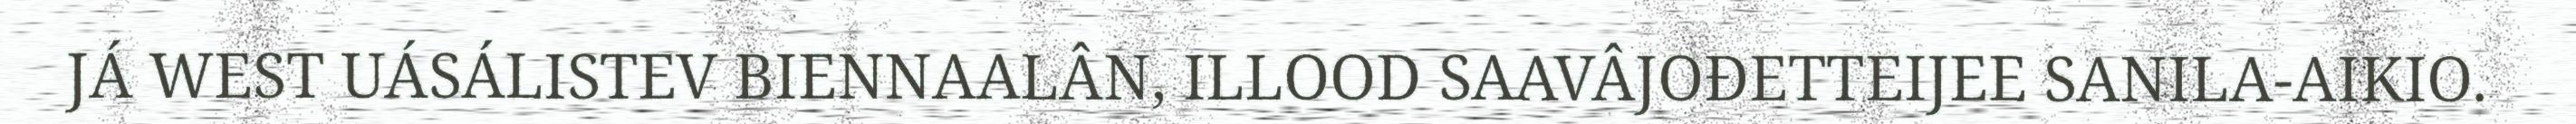
JÁ WEST UÁSÁLISTEV BIENNAALÂN, ILLOOD SAAVÂJOĐETTEIJEE SANILA-AIKIO.